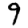
Digit: 9